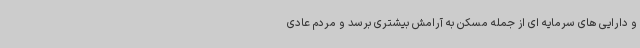
و دارایی های سرمایه ای از جمله مسکن به آرامش بیشتری برسد و مردم عادی